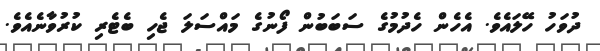
ދުވަހު ހޭލައެވެ. އެހެން ހެދުމުގެ ސަބަބުން ފޯނުގެ މައްސަލަ ޖެހި ބެޓެރި ކުރުވާނެއެވެ.